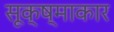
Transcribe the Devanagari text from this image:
सूक्ष्माकार